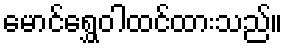
မောင်ရွှေဝါထင်ထားသည်။